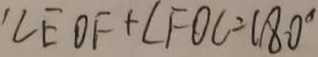
\angle E O F + \angle F O C = 1 8 0 ^ { \circ }